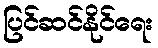
ပြင်ဆင်နိုင်ရေး